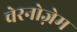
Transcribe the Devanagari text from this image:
चेरनोज़ेम